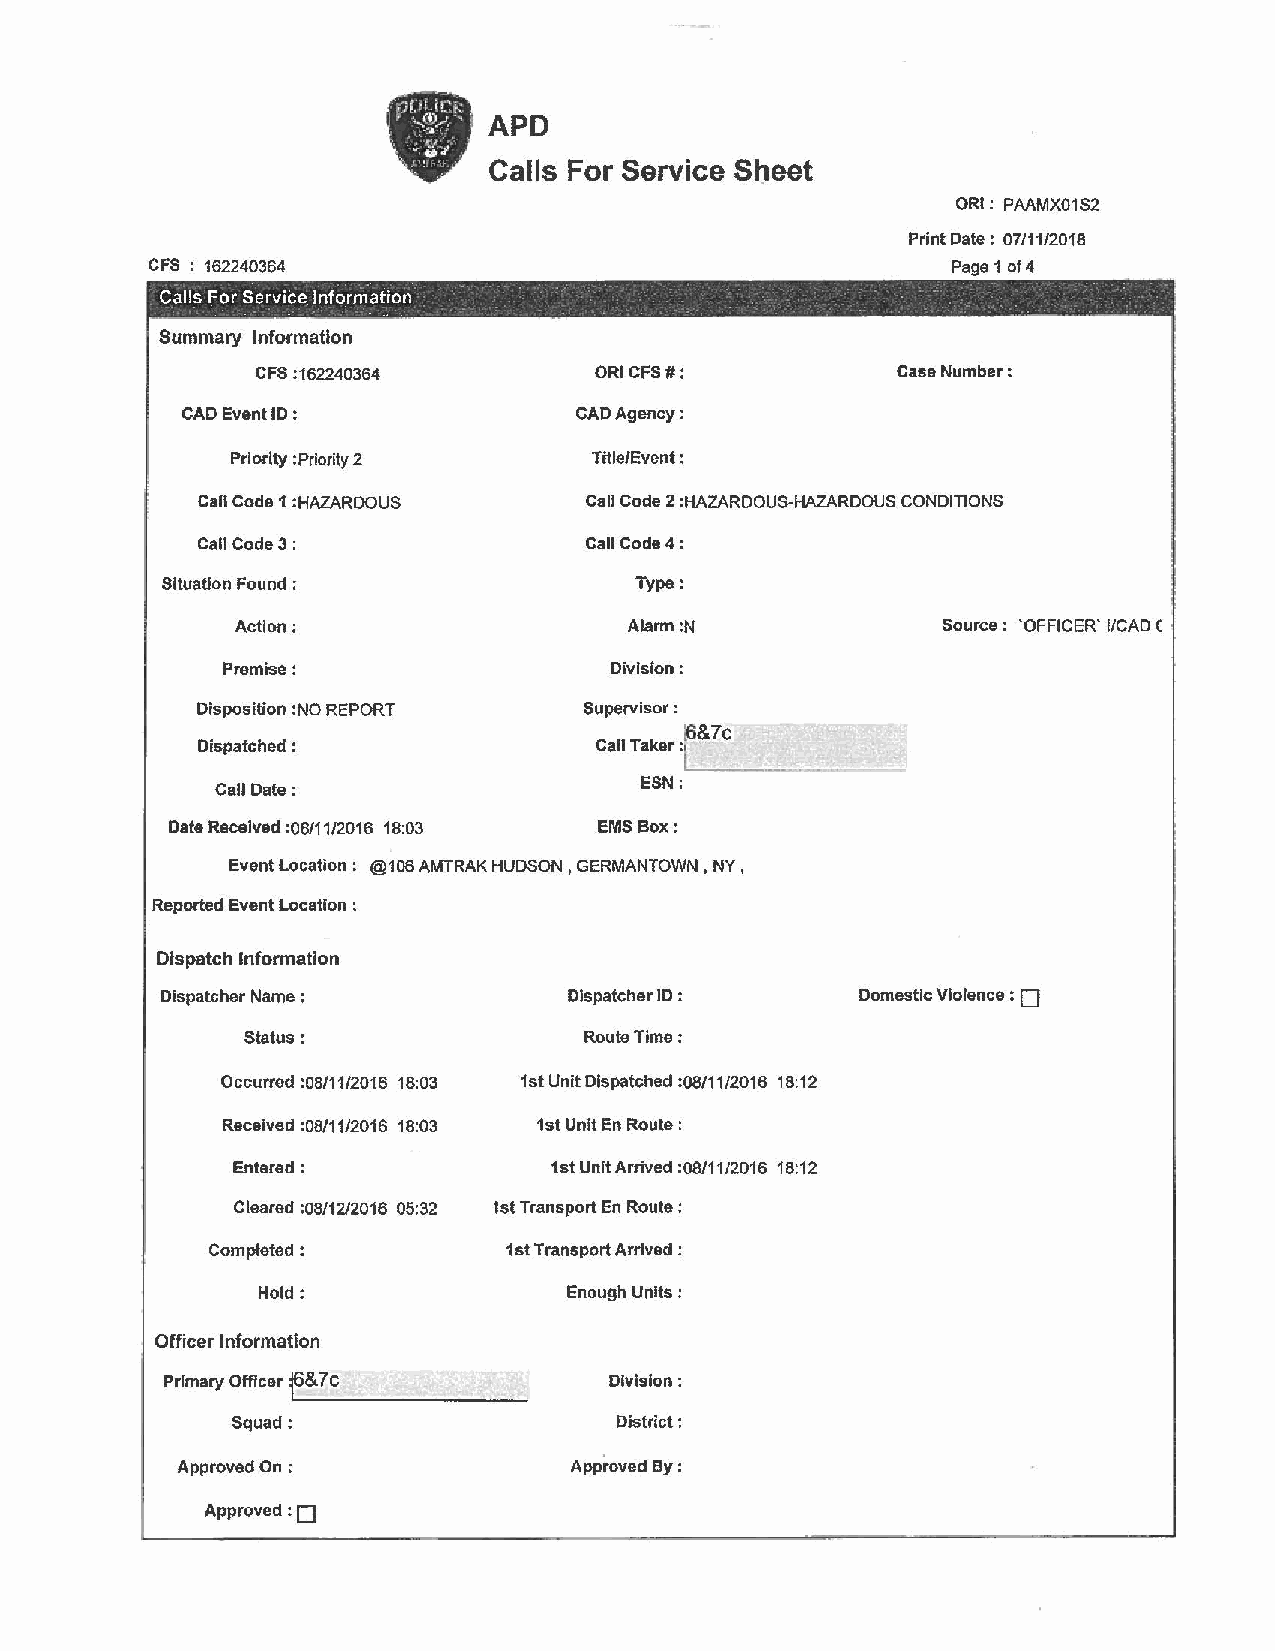
•
 APD
 Calls For Service Sheet
 ORI: PMMX01S2
 Print Date : 07/11/2018
 CFS : 162240364                                      Page 1 of4
 - - -
 Calls For Service Information · ·                  ·
 .    .            .       -           .
 Summary Information
 CFS :162240364        ORI CFS#:           Case Number :
 CAD Event ID :            CAD Agency:
 Priority :Priority 2    Title/Event :
 Call Code 1 :HAZARDOUS    Call Code 2 :HAZARDOUS-HAZARDOUS CONDITIONS
 Call Code3:               Call Code4:
 SltuaHon Found :               Type:
 Action:                   Alarm :N            Source : 'OFFICER' I/CAD C
 Premise:                 Division:
 Disposition :NO REPORT    Supervisor :
 ~&7c
 Dispatched :              Call Taker:
 ESN:
 Call Date:
 Date Received :08/1112016 18:03 EMS Box:
 Event Location: @106 AMTRAK HUDSON , GERMANTOWN, NY,
 Reported Event Location :
 Dispatch Information
 D
 Dispatcher Name:           Dispatcher ID:     Domestic Violence :
 Status:                Route Time:
 Occurred :OB/11/2016 18:03 1st Unit Dispatched :08/11/2016 1 B:12
 Received :08/11/2016 18:03 1st Unit En Route :
 Entered:             1st Unit Arrived :08/11/2016 18:12
 Cleared :08/12/2016 05:32 1st Transport En Route :
 Completed:         1st Transport Arrived :
 Hold:                Enough Units:
 Officer Information
 Primary Officer f3~_&_7_c_ __~ ---'"--- Division;
 Squad:                    District;
 Approved On:              Approved By:
 :o
 Approved